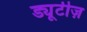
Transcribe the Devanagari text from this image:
ड्यूटीज़